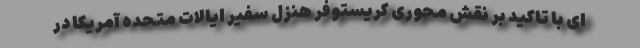
ای با تاکید بر نقش محوری کریستوفر هنزل سفیر ایالات متحده آمریکا در